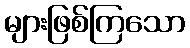
များဖြစ်ကြသော